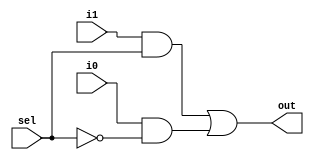
// @sel high output i1, sel low output i0
module mux2_1(out, i0, i1, sel);
		output out;
		input i0, i1, sel;
		
		wire out1, out2, NOTsel;
		not n(NOTsel, sel);
		
		and a1(out1, i1, sel);
		and a2(out2, i0, NOTsel);
		or o(out, out1, out2);
endmodule

// module mux2_1_testbench();
// 		reg i0, i1, sel;
// 		wire out;
		
// 		mux2_1 dut (.out, .i0, .i1, .sel);
		
// 		initial begin
// 				sel = 0; i0 = 0; i1 = 0; #10;
// 				sel = 0; i0 = 0; i1 = 1; #10;
// 				sel = 0; i0 = 1; i1 = 0; #10;
// 				sel = 0; i0 = 1; i1 = 1; #10;
// 				sel = 1; i0 = 0; i1 = 0; #10;
// 				sel = 1; i0 = 0; i1 = 1; #10;
// 				sel = 1; i0 = 1; i1 = 0; #10;
// 				sel = 1; i0 = 1; i1 = 1; #10;
// 		end
// endmodule